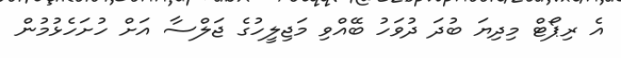
އެ ރިޕޯޓް މިދިޔަ ބުދަ ދުވަހު ބޭއްވި މަޖިލީހުގެ ޖަލްސާ އަށް ހުށަހެޅުމުން